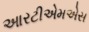
આરટીએમએસ